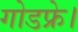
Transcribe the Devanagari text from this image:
गोडफ्रे।